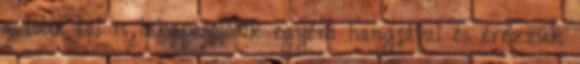
a többi tál is bekapcsolódik egyéni hangjával és érezzük